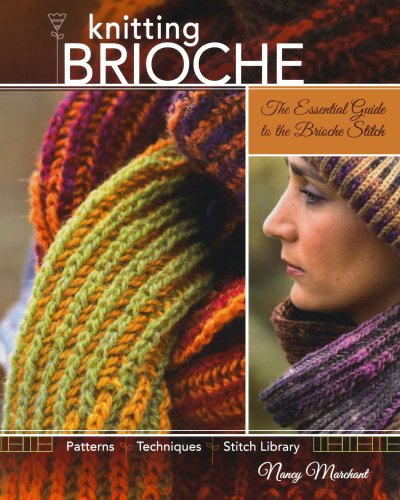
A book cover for Knitting Brioche: The Essential Guide to the Brioche Stitch; Nancy Marchant; Crafts, Hobbies & Home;